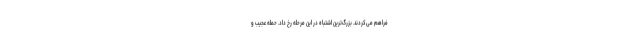
فراهم می‌کردند. بزرگ‌ترین اشتباه در این مرحله رخ داد. حمله عجیب و